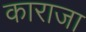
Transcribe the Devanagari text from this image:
काराजा